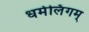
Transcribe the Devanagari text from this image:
धर्मलिंगम्